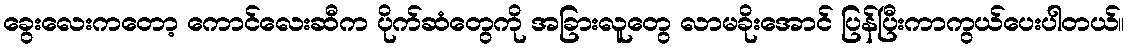
ခွေးလေးကတော့ ကောင်လေးဆီက ပိုက်ဆံတွေကို အခြားလူတွေ လာမခိုးအောင် ပြန်ပြီးကာကွယ်ပေးပါတယ်။